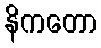
နိကတော